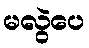
မလွဲပေ